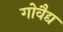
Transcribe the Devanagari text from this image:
गोवैद्य